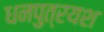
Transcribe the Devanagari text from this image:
धनपुत्रयश